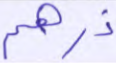
ذرهم